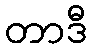
တာဒီ